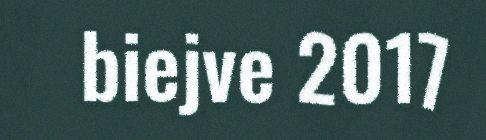
biejve 2017